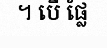
។ បើ ផ្លែ